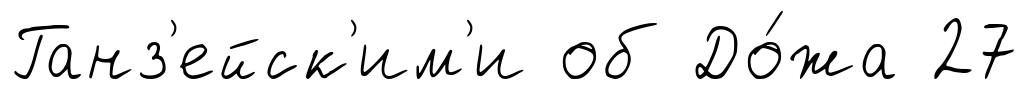
Ганз'ейск'им'и об До́жа 27